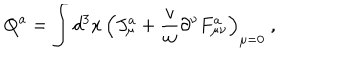
LaTeX: Q ^ { a } = \int d ^ { 3 } x \, \Bigl ( J _ { \mu } ^ { a } + { \frac { v } { w } } \partial ^ { \nu } F _ { \mu \nu } ^ { a } \Bigr ) _ { \mu = 0 } \ ,